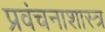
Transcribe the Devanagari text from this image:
प्रवंचनाशास्त्र